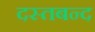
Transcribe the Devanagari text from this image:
दस्तबन्द